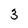
Character: 3